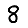
Digit: 8